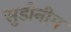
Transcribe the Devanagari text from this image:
सुडोनीम